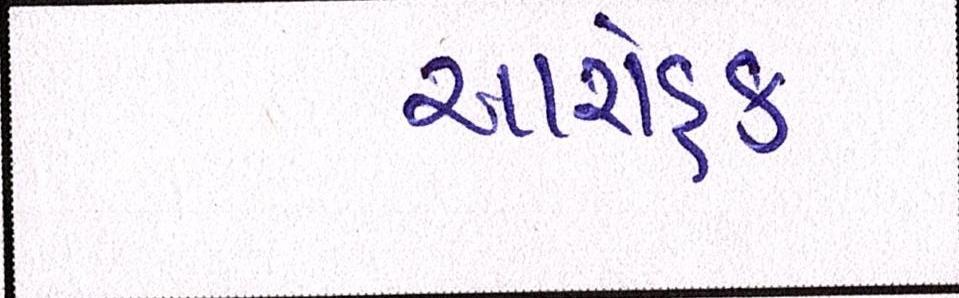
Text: આરોહક